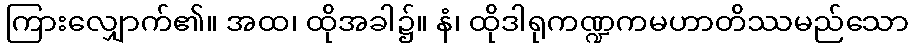
ကြားလျှောက်၏။ အထ၊ ထိုအခါ၌။ နံ၊ ထိုဒါရုကဏ္ဍကမဟာတိဿမည်သော